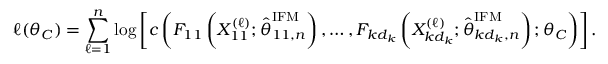
\ell ( \boldsymbol { \theta } _ { C } ) = \sum _ { \ell = 1 } ^ { n } \log \left[ c \left( F _ { 1 1 } \left( X _ { 1 1 } ^ { ( \ell ) } ; \widehat { \boldsymbol { \theta } } _ { 1 1 , n } ^ { \mathrm { I F M } } \right) , \dots , F _ { k d _ { k } } \left( X _ { k d _ { k } } ^ { ( \ell ) } ; \widehat { \boldsymbol { \theta } } _ { k d _ { k } , n } ^ { \mathrm { I F M } } \right) ; \boldsymbol { \theta } _ { C } \right) \right] .